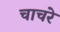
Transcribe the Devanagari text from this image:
चाचरे